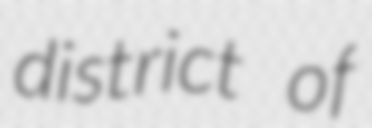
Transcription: district of